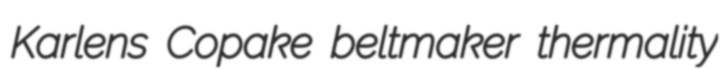
Karlens Copake beltmaker thermality